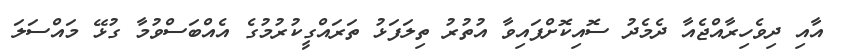
އާއި ދިވެހިރާއްޖެއާ ދެމެދު ސޮއިކޮށްފައިވާ އުތުރު ތިލަފަޅު ތަރައްގީކުރުމުގެ އެއްބަސްވުމާ ގުޅޭ މައްސަލަ